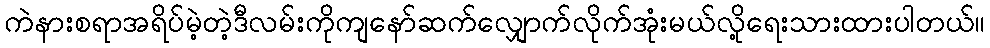
ကဲနားစရာအရိပ်မဲ့တဲ့ဒီလမ်းကိုကျနော်ဆက်လျှောက်လိုက်အုံးမယ်လို့ရေးသားထားပါတယ်။